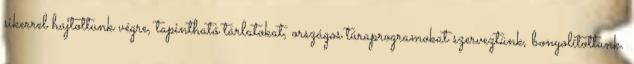
sikerrel hajtottunk végre, tapintható tárlatokat, országos túraprogramokat szerveztünk, bonyolítottunk.